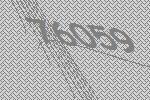
76059